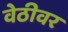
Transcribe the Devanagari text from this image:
वेठीवर